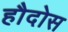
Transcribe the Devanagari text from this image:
हौदोस